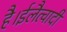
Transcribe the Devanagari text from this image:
है।ईलैत्वादी